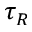
\tau _ { R }